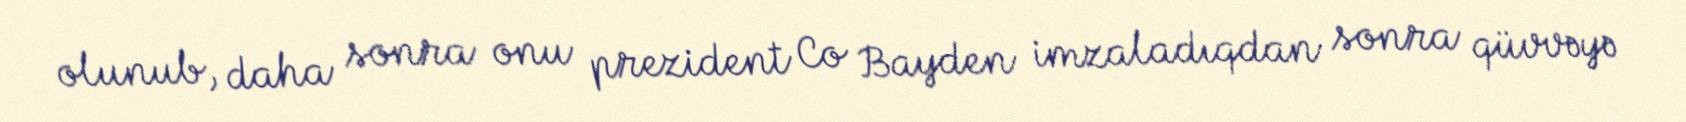
olunub, daha sonra onu prezident Co Bayden imzaladıqdan sonra qüvvəyə